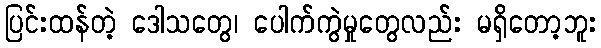
ပြင်းထန်တဲ့ ဒေါသတွေ၊ ပေါက်ကွဲမှုတွေလည်း မရှိတော့ဘူး